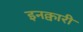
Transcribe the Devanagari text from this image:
इनक्वारी